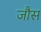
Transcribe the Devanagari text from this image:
जौस